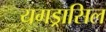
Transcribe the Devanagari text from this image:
यगड्रासिल